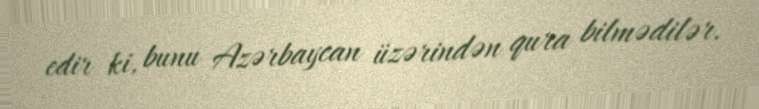
edir ki, bunu Azərbaycan üzərindən qura bilmədilər.